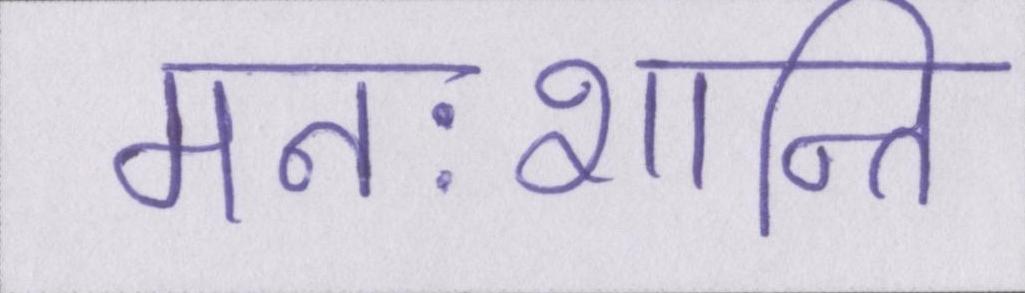
मनःशान्ति